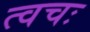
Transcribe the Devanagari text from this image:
त्वचः